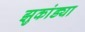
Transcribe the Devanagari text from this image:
झुकांड्या